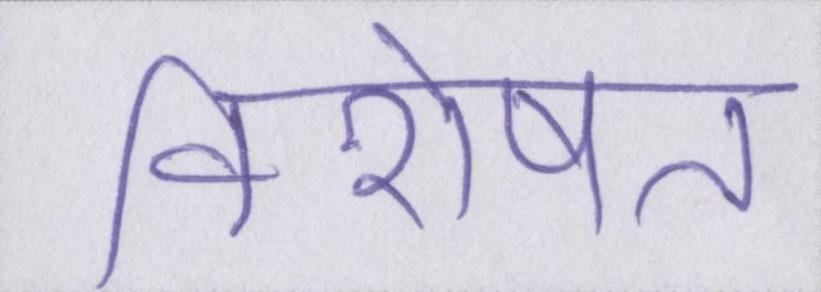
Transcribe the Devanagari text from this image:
विशेषत